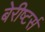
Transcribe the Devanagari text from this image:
बेरीष्टर्स